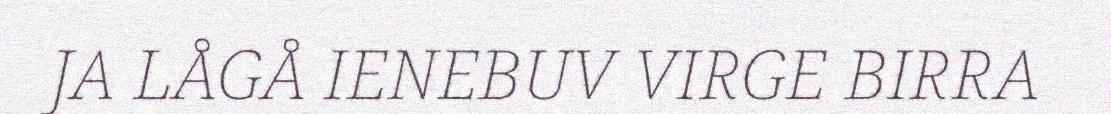
JA LÅGÅ IENEBUV VIRGE BIRRA